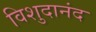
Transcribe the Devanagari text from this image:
विशुदानंद